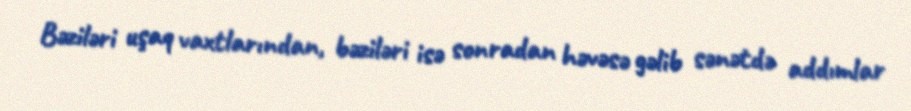
Bəziləri uşaq vaxtlarından, bəziləri isə sonradan həvəsə gəlib sənətdə addımlar